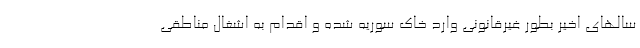
سالهای اخیر بطور غیرقانونی وارد خاک سوریه شده و اقدام به اشغال مناطقی